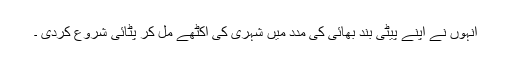
اُنہوں نے اپنے پیٹی بند بھائی کی مدد میں شہری کی اکٹھے مل کر پٹائی شروع کردی ۔